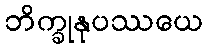
ဘိက္ခုနုပဿယေ